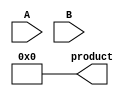
module BoothMultiplier(input [7:0] A, input [7:0] B, output [15:0] product);

  reg [15:0] partial_product;
  reg [3:0] count;
  
  always @(*) begin
    count = 4'b0000;
    if (A[7] == 1)
      A = ~A + 1;
    if (B[7] == 1)
      B = ~B + 1;
    partial_product = 16'd0;
    
    repeat(8) begin
      if (B[0] == 1 && count[0] == 0)
        partial_product = partial_product + {16{A}};
      else if (B[0] == 0 && count[0] == 0)
        partial_product = partial_product + 16'd0;
      else if (B[0] == 1 && count[0] == 1)
        partial_product = partial_product + ({16{A}} << 1);
      else if (B[0] == 0 && count[0] == 1)
        partial_product = partial_product + (16'd0 << 1);
      B = B >> 1;
      count = count + 1;
    end
    
    if (partial_product[15] == 1)
      product = ~partial_product + 1;
    else
      product = partial_product;
  end

endmodule